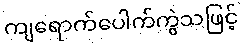
ကျရောက်ပေါက်ကွဲသဖြင့်